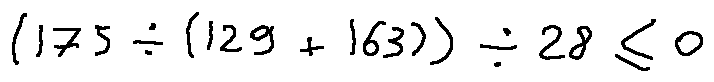
( 1 7 5 \div ( 1 2 9 + 1 6 3 ) ) \div 2 8 \leq 0